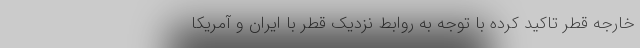
خارجه قطر تاکید کرده با توجه به روابط نزدیک قطر با ایران و آمریکا